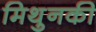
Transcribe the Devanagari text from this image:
मिथुनकी